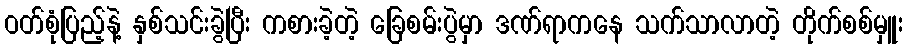
ဝတ်စုံပြည့်နဲ့ နှစ်သင်းခွဲပြီး ကစားခဲ့တဲ့ ခြေစမ်းပွဲမှာ ဒဏ်ရာကနေ သက်သာလာတဲ့ တိုက်စစ်မှူး